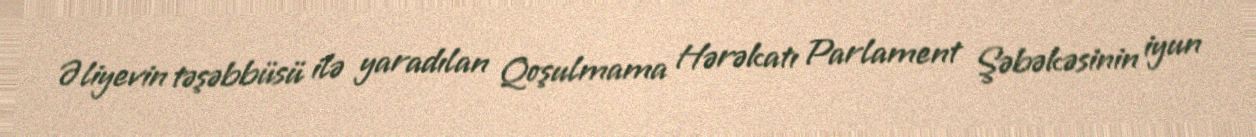
Əliyevin təşəbbüsü ilə yaradılan Qoşulmama Hərəkatı Parlament Şəbəkəsinin iyun